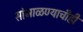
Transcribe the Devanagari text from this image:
सांभाळण्याचीही